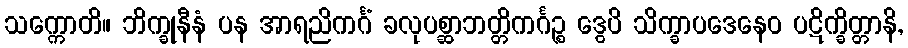
သက္ကောတိ။ ဘိက္ခုနီနံ ပန အာရညိကင်္ဂံ ခလုပစ္ဆာဘတ္တိကင်္ဂဉ္စ ဒွေပိ သိက္ခာပဒေနေဝ ပဋိက္ခိတ္တာနိ,